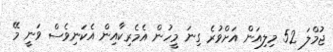
ޖުމްލަ 52 މިލިއަން އަށްވުރެ ގިނަ މީހުން އެމެރިކާއިން އެކަނިވެސް ވަނީ މޭ